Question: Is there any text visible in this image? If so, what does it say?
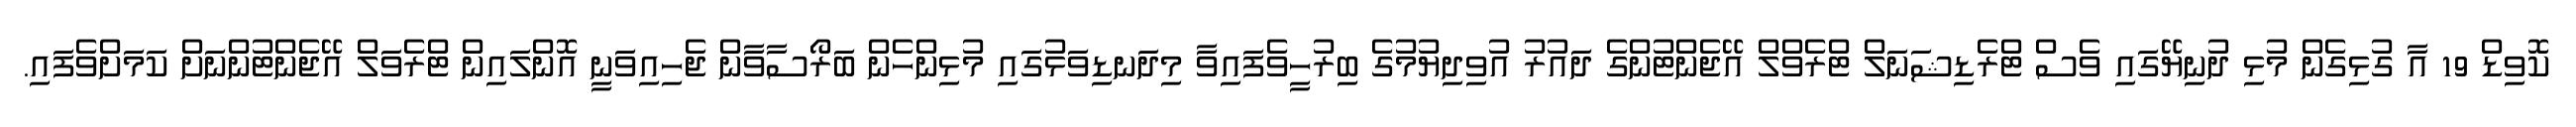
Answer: ކޮވިޑް 19 އާ ގުޅިގެން މުޅި ދުނިޔޭގައި ވެސް ޓްރެޑިޝަނަލް ޓްރެވްލް އޭޖެންޓުންގެ ދައުރު އުވިދިޔުމުގެ ބިރުހީވެފައިވާ މިދަނޑިވަޅުގައި މުޅިންހެން ބަރޯސާވާން ޖެހިއިވަނީ އޮންލައިން ޓްރެވަލް އޭޖެންޓުންނަށް ކަމަށްވެފައި.